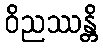
ဝိညဿန္တိ